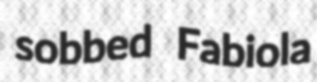
sobbed Fabiola